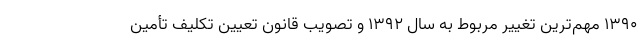
۱۳۹۰ مهم‌ترین تغییر مربوط به سال ۱۳۹۲ و تصویب قانون تعیین تکلیف تأمین